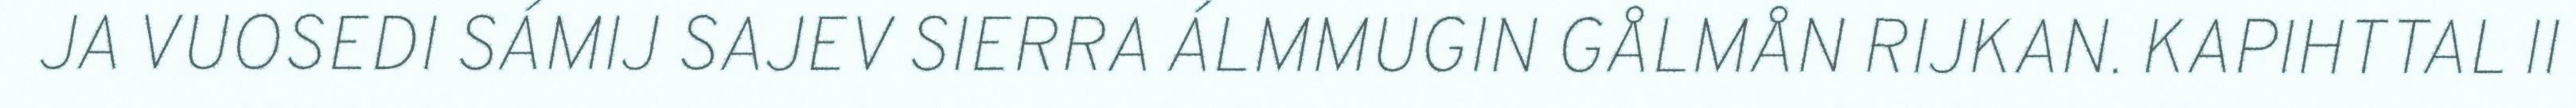
JA VUOSEDI SÁMIJ SAJEV SIERRA ÁLMMUGIN GÅLMÅN RIJKAN. KAPIHTTAL II